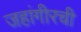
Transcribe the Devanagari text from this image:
जहांगीरची